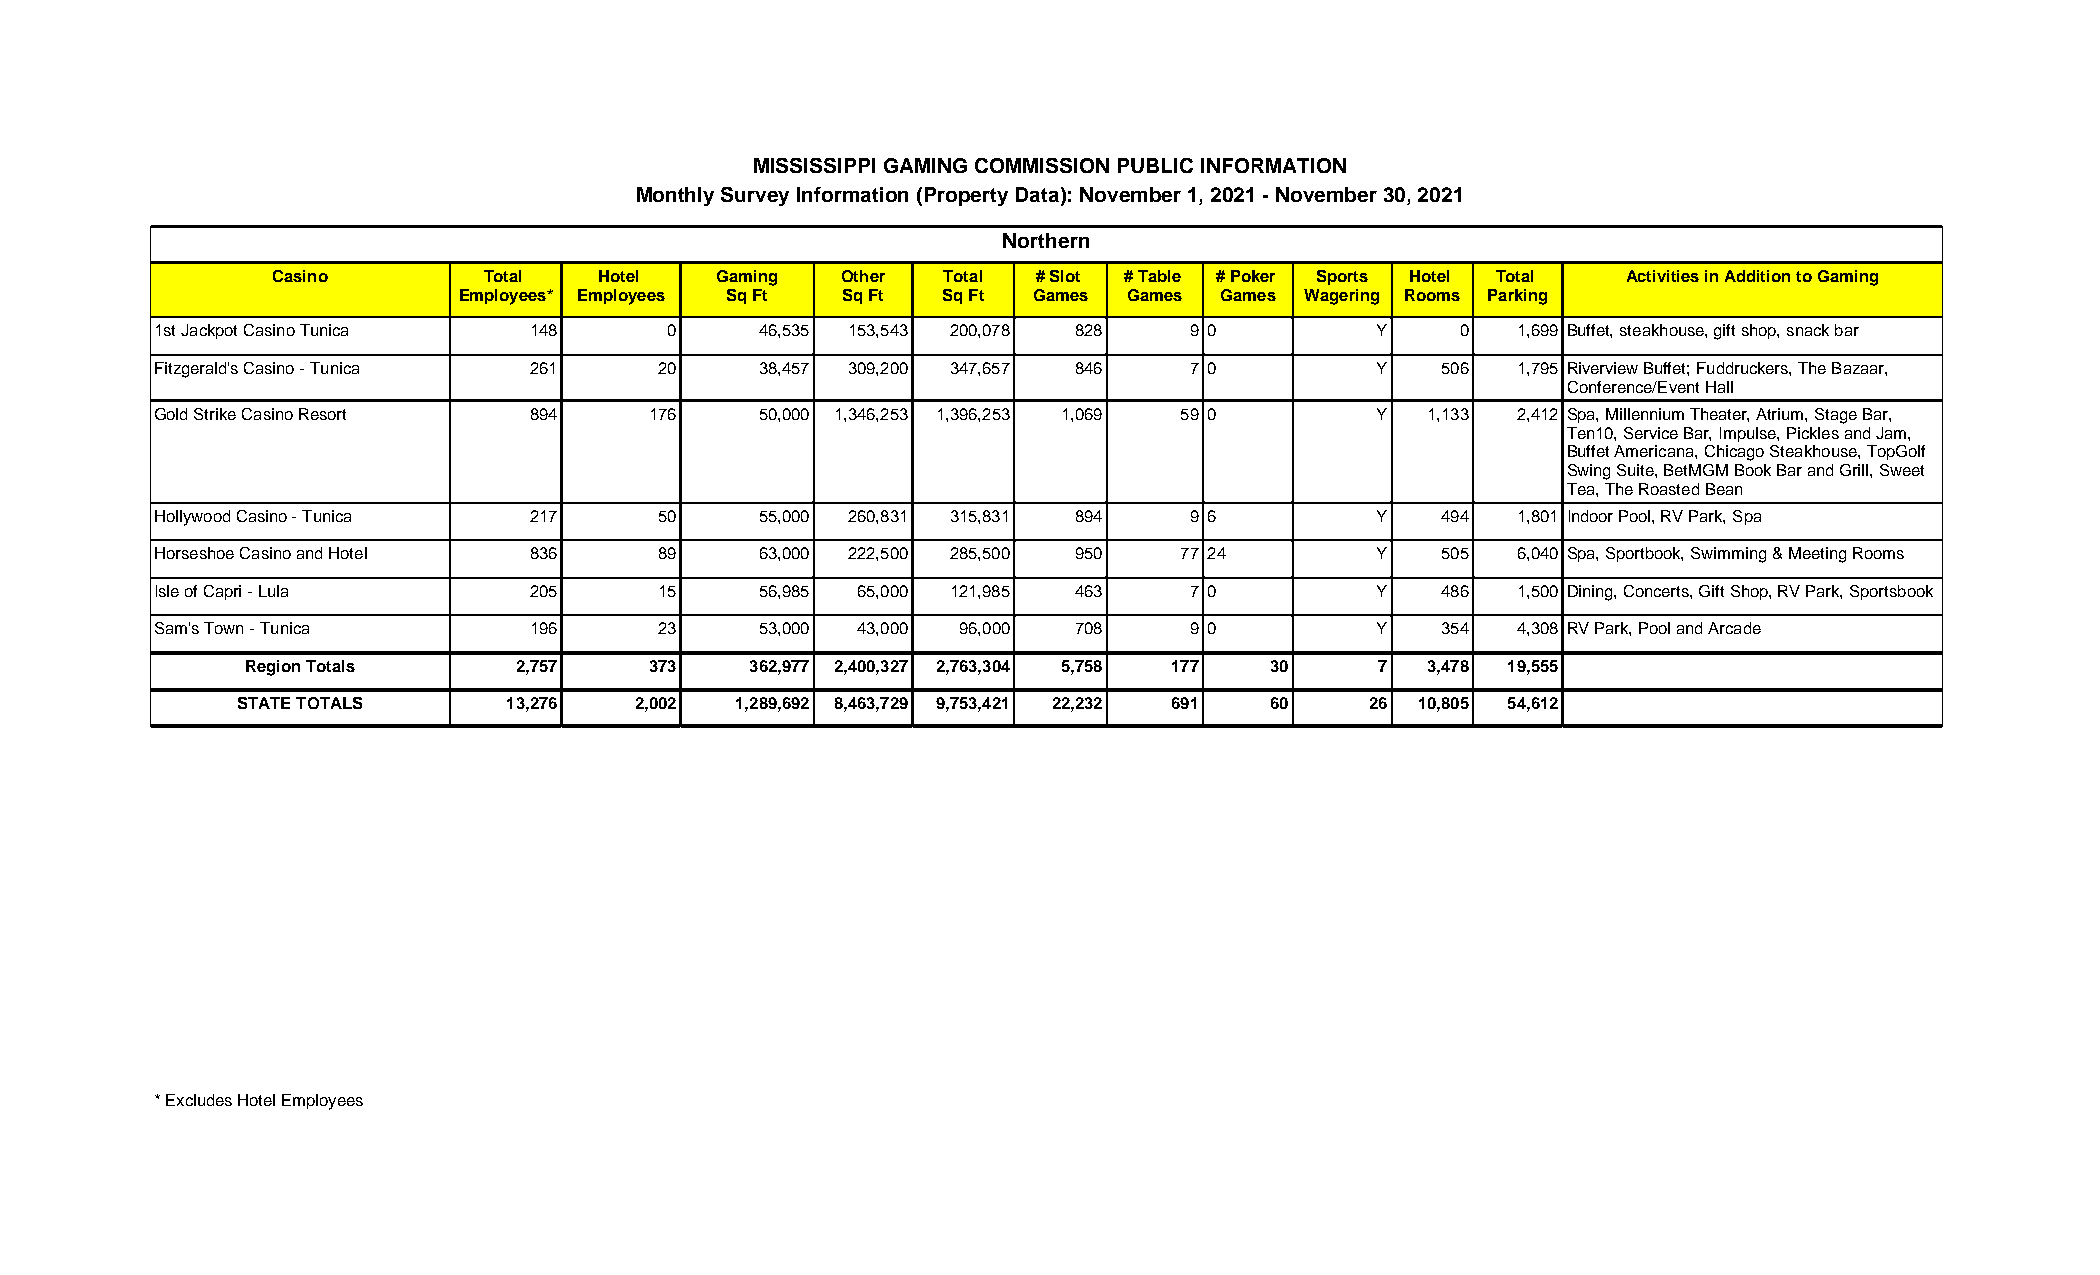
MISSISSIPPI GAMING COMMISSION PUBLIC INFORMATION
 Monthly Survey Information (Property Data): November 1, 2021 - November 30, 2021
 Northern
 Casino        Total   Hotel  Gaming   Other Total  # Slot # Table # Poker Sports Hotel Total Activities in Addition to Gaming
 Employees* Employees Sq Ft Sq Ft Sq Ft Games Games Games Wagering Rooms Parking
 1st Jackpot Casino Tunica 148     0     46,535 153,543 200,078 828   9 0         Y     0  1,699 Buffet, steakhouse, gift shop, snack bar
 Fitzgerald's Casino - Tunica 261  20    38,457 309,200 347,657 846   7 0         Y   506  1,795 Riverview Buffet; Fuddruckers, The Bazaar,
 Conference/Event Hall
 Gold Strike Casino Resort 894    176    50,000 1,346,253 1,396,253 1,069 59 0    Y  1,133 2,412 Spa, Millennium Theater, Atrium, Stage Bar,
 Ten10, Service Bar, Impulse, Pickles and Jam,
 Buffet Americana, Chicago Steakhouse, TopGolf
 Swing Suite, BetMGM Book Bar and Grill, Sweet
 Tea, The Roasted Bean
 Hollywood Casino - Tunica 217     50    55,000 260,831 315,831 894   9 6         Y   494  1,801 Indoor Pool, RV Park, Spa
 Horseshoe Casino and Hotel 836    89    63,000 222,500 285,500 950  77 24        Y   505  6,040 Spa, Sportbook, Swimming & Meeting Rooms
 Isle of Capri - Lula     205      15    56,985 65,000 121,985 463    7 0         Y   486  1,500 Dining, Concerts, Gift Shop, RV Park, Sportsbook
 Sam's Town - Tunica      196      23    53,000 43,000 96,000 708     9 0         Y   354  4,308 RV Park, Pool and Arcade
 Region Totals     2,757    373    362,977 2,400,327 2,763,304 5,758 177 30 7  3,478 19,555
 STATE TOTALS      13,276  2,002  1,289,692 8,463,729 9,753,421 22,232 691 60 26 10,805 54,612
 * Excludes Hotel Employees